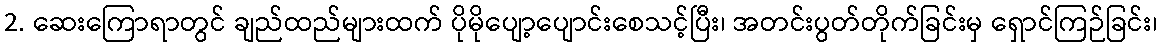
2. ဆေးကြောရာတွင် ချည်ထည်များထက် ပိုမိုပျော့ပျောင်းစေသင့်ပြီး၊ အတင်းပွတ်တိုက်ခြင်းမှ ရှောင်ကြဉ်ခြင်း၊